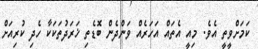
ކަމަށްވީތީ އެވެ. މިއީ އެތައް އަހަރެއް ވަންދެން ބޮޑެތި ޚަރަދުތަކަކާ ހެދި ކުރިއަށް